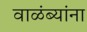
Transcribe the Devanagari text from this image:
वाळंब्यांना